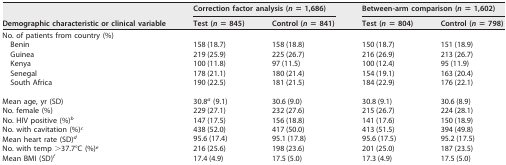
<table><thead><tr><td rowspan="2"><b>Demographic characteristic or clinical variable</b></td><td colspan="2"><b>Correction factor analysis (<i>n</i> = 1,686)</b></td><td colspan="2"><b>Between-arm comparison (<i>n</i> = 1,602)</b></td></tr><tr><td><b>Test (<i>n</i> = 845)</b></td><td><b>Control (<i>n</i> = 841)</b></td><td><b>Test (<i>n</i> = 804)</b></td><td><b>Control (<i>n</i> = 798)</b></td></tr></thead><tbody><tr><td>No. of patients from country (%)</td><td></td><td></td><td></td><td></td></tr><tr><td>Benin</td><td>158 (18.7)</td><td>158 (18.8)</td><td>150 (18.7)</td><td>151 (18.9)</td></tr><tr><td>Guinea</td><td>219 (25.9)</td><td>225 (26.7)</td><td>216 (26.9)</td><td>213 (26.7)</td></tr><tr><td>Kenya</td><td>100 (11.8)</td><td>97 (11.5)</td><td>100 (12.4)</td><td>95 (11.9)</td></tr><tr><td>Senegal</td><td>178 (21.1)</td><td>180 (21.4)</td><td>154 (19.1)</td><td>163 (20.4)</td></tr><tr><td>South Africa</td><td>190 (22.5)</td><td>181 (21.5)</td><td>184 (22.9)</td><td>176 (22.1)</td></tr><tr><td>Mean age, yr (SD)</td><td>30.8<sup><i>a</i></sup> (9.1)</td><td>30.6 (9.0)</td><td>30.8 (9.1)</td><td>30.6 (8.9)</td></tr><tr><td>No. female (%)</td><td>229 (27.1)</td><td>232 (27.6)</td><td>215 (26.7)</td><td>224 (28.1)</td></tr><tr><td>No. HIV positive (%)<sup><i>b</i></sup></td><td>147 (17.5)</td><td>156 (18.8)</td><td>141 (17.6)</td><td>150 (18.9)</td></tr><tr><td>No. with cavitation (%)<sup><i>c</i></sup></td><td>438 (52.0)</td><td>417 (50.0)</td><td>413 (51.5)</td><td>394 (49.8)</td></tr><tr><td>Mean heart rate (SD)<sup><i>d</i></sup></td><td>95.6 (17.4)</td><td>95.1 (17.8)</td><td>95.6 (17.5)</td><td>95.2 (17.5)</td></tr><tr><td>No. with temp &gt;37.7°C (%)<sup><i>e</i></sup></td><td>216 (25.6)</td><td>198 (23.6)</td><td>201 (25.0)</td><td>187 (23.5)</td></tr><tr><td>Mean BMI (SD)<sup><i>f</i></sup></td><td>17.4 (4.9)</td><td>17.5 (5.0)</td><td>17.3 (4.9)</td><td>17.5 (5.0)</td></tr></tbody></table>